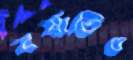
বর্ষাতিও